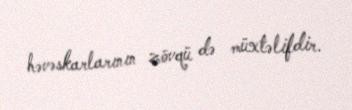
həvəskarlarının zövqü də müxtəlifdir.